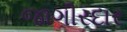
જાગીરદાર